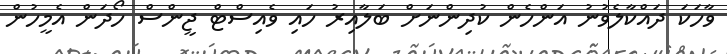
ވާހަކަ ދައްކާލެވުނު އަންހެން ކުދިންނަށް ބަލާއިރު ހައި ވެއިސްޓް ޖީންސް ހޯދަން އެމީހުން